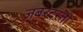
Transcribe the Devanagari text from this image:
जबरदस्‍ती